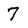
Character: 7